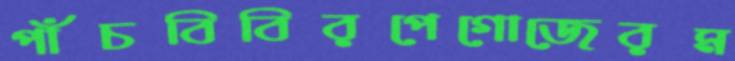
পাঁচবিবিরপেগোজেরম